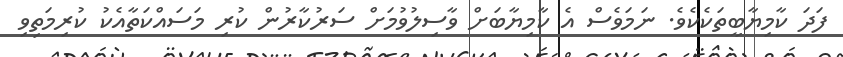
ފަދަ ކާމިޔާބީތަކެކެވެ. ނަމަވެސް އެ ކާމިޔާބަށް ވާސިލުވުމަށް ސަރުކާރުން ކުރި މަސައްކަތާއެކު ކުރިމަތިވި